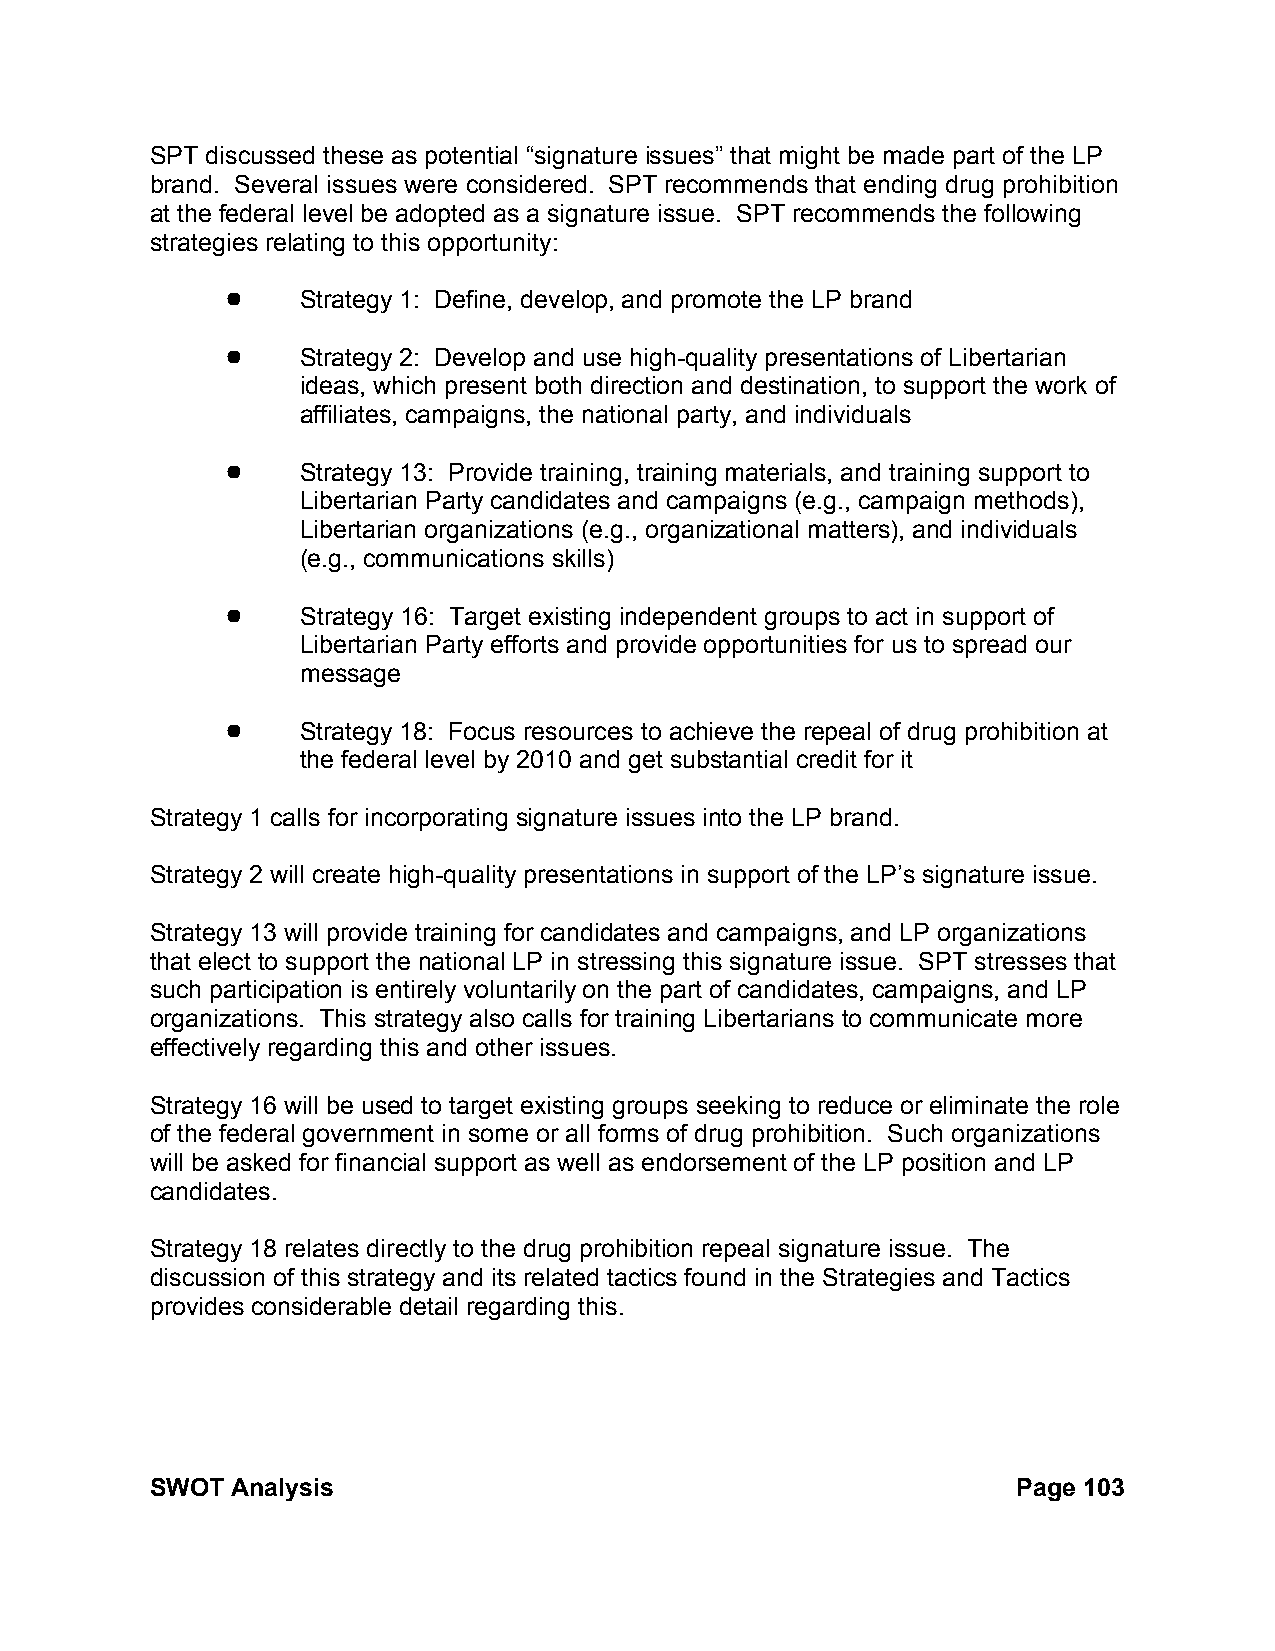
SPT discussed these as potential “signature issues” that might be made part of the LP
 brand. Several issues were considered. SPT recommends that ending drug prohibition
 at the federal level be adopted as a signature issue. SPT recommends the following
 strategies relating to this opportunity:
 !    Strategy 1: Define, develop, and promote the LP brand
 !    Strategy 2: Develop and use high-quality presentations of Libertarian
 ideas, which present both direction and destination, to support the work of
 affiliates, campaigns, the national party, and individuals
 !    Strategy 13: Provide training, training materials, and training support to
 Libertarian Party candidates and campaigns (e.g., campaign methods),
 Libertarian organizations (e.g., organizational matters), and individuals
 (e.g., communications skills)
 !    Strategy 16: Target existing independent groups to act in support of
 Libertarian Party efforts and provide opportunities for us to spread our
 message
 !    Strategy 18: Focus resources to achieve the repeal of drug prohibition at
 the federal level by 2010 and get substantial credit for it
 Strategy 1 calls for incorporating signature issues into the LP brand.
 Strategy 2 will create high-quality presentations in support of the LP’s signature issue.
 Strategy 13 will provide training for candidates and campaigns, and LP organizations
 that elect to support the national LP in stressing this signature issue. SPT stresses that
 such participation is entirely voluntarily on the part of candidates, campaigns, and LP
 organizations. This strategy also calls for training Libertarians to communicate more
 effectively regarding this and other issues.
 Strategy 16 will be used to target existing groups seeking to reduce or eliminate the role
 of the federal government in some or all forms of drug prohibition. Such organizations
 will be asked for financial support as well as endorsement of the LP position and LP
 candidates.
 Strategy 18 relates directly to the drug prohibition repeal signature issue. The
 discussion of this strategy and its related tactics found in the Strategies and Tactics
 provides considerable detail regarding this.
 SWOT Analysis                                            Page 103